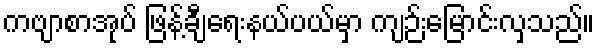
ကဗျာစာအုပ် ဖြန့်ချီရေးနယ်ပယ်မှာ ကျဉ်းမြောင်းလှသည်။